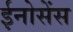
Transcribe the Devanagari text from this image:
ईनोसेंस